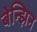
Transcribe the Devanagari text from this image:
बेन्झिन